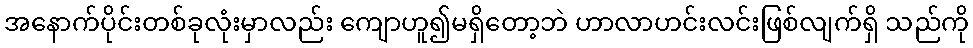
အနောက်ပိုင်းတစ်ခုလုံးမှာလည်း ကျောဟူ၍မရှိတော့ဘဲ ဟာလာဟင်းလင်းဖြစ်လျက်ရှိ သည်ကို